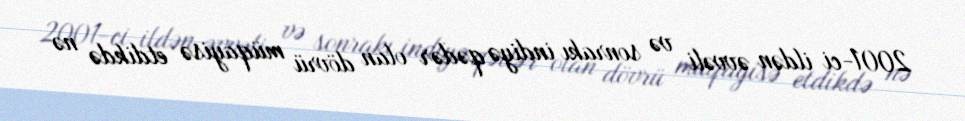
2001-ci ildən əvvəli və sonrakı indiyə qədər olan dövrü müqayisə etdikdə nə